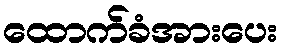
ထောက်ခံအားပေး